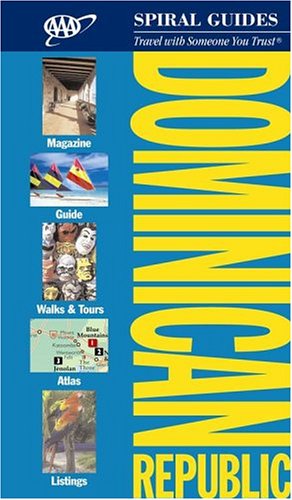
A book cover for AAA Spiral Guide: Dominican Republic (AAA Spiral Guides: Dominican Republic); AAA; Travel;